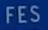
FES